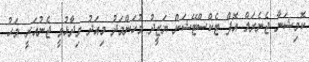
ކޮމިޝަނާ ޖެނެރަލް އޮފް ޓެކްސްޓޭޝަން ޔަޒީދު މުހަންމަދު މިއަދު ވިދާޅުވީ ޖެނުއަރީ މަހު